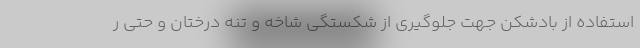
استفاده از بادشکن جهت جلوگیری از شکستگی شاخه و تنه درختان و حتی ر